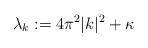
LaTeX: \begin{align*}\lambda_k := 4\pi^2|k|^2 +\kappa\end{align*}